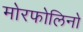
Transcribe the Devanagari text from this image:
मोरफोलिनो